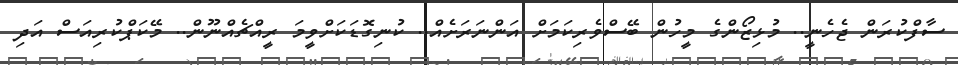
ސާފްކުރަން ޖެހެނީ.. މުޅިޒޯންގެ މީހުން ބޭސްވެރިކަމަށް އަންނަރަށެއް.. ކުނިގޮޑަކަށްވީމަ ރީއްޗެއްނޫން.. މޭކަޕްކުރިއަސް އަދި